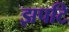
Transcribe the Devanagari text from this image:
झपटि